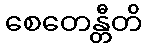
စေတေန္တီတိ